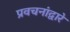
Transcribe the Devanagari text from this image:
प्रवचनांद्वारे